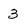
Character: 3